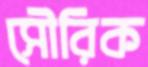
সৌরিক